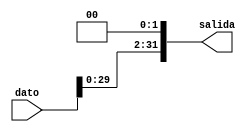
module Shift_L_2(
	input [31:0]dato,
	output reg[31:0] salida
);

always@(*)
	begin
		salida=dato << 2;
	end

endmodule